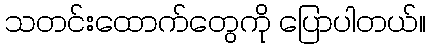
သတင်းထောက်တွေကို ပြောပါတယ်။